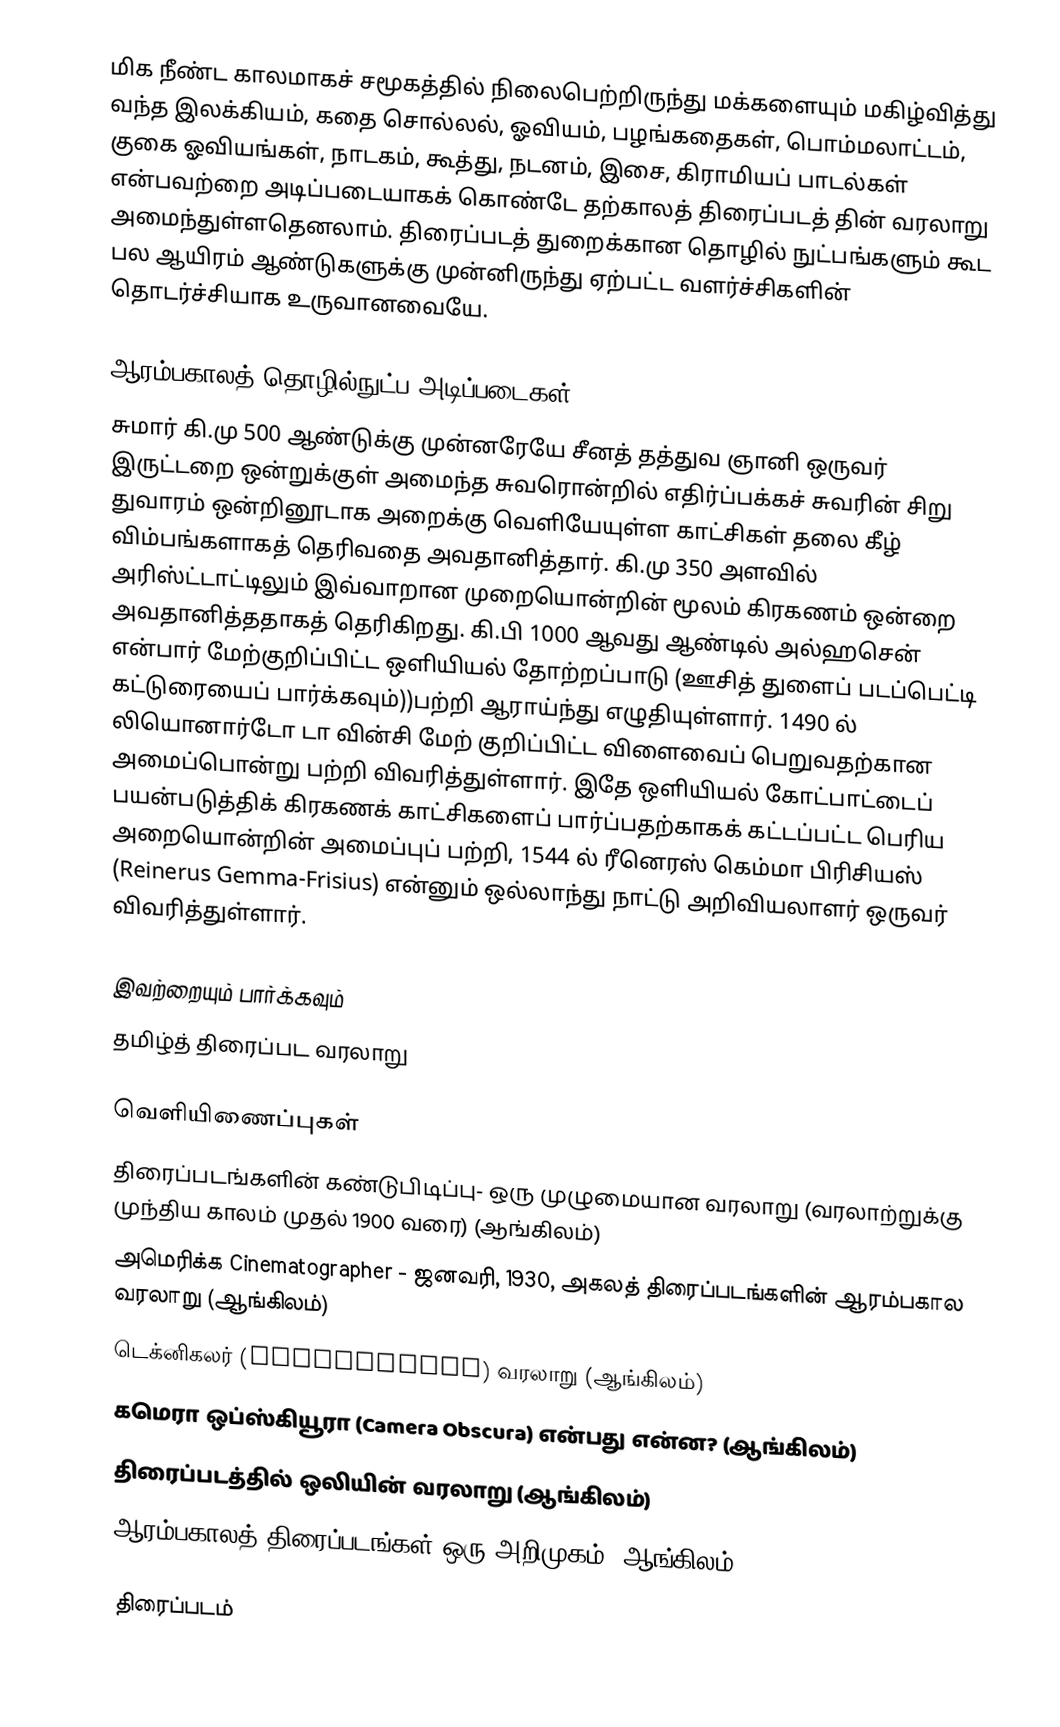
மிக நீண்ட காலமாகச் சமூகத்தில் நிலைபெற்றிருந்து மக்களையும் மகிழ்வித்து வந்த இலக்கியம், கதை சொல்லல், ஓவியம், பழங்கதைகள், பொம்மலாட்டம், குகை ஓவியங்கள், நாடகம், கூத்து, நடனம், இசை, கிராமியப் பாடல்கள் என்பவற்றை அடிப்படையாகக் கொண்டே தற்காலத் திரைப்படத் தின் வரலாறு அமைந்துள்ளதெனலாம். திரைப்படத் துறைக்கான தொழில் நுட்பங்களும் கூட பல ஆயிரம் ஆண்டுகளுக்கு முன்னிருந்து ஏற்பட்ட வளர்ச்சிகளின் தொடர்ச்சியாக உருவானவையே.

ஆரம்பகாலத் தொழில்நுட்ப அடிப்படைகள்
சுமார் கி.மு 500 ஆண்டுக்கு முன்னரேயே சீனத் தத்துவ ஞானி ஒருவர் இருட்டறை ஒன்றுக்குள் அமைந்த சுவரொன்றில் எதிர்ப்பக்கச் சுவரின் சிறு துவாரம் ஒன்றினூடாக அறைக்கு வெளியேயுள்ள காட்சிகள் தலை கீழ் விம்பங்களாகத் தெரிவதை அவதானித்தார். கி.மு 350 அளவில் அரிஸ்ட்டாட்டிலும் இவ்வாறான முறையொன்றின் மூலம் கிரகணம் ஒன்றை அவதானித்ததாகத் தெரிகிறது. கி.பி 1000 ஆவது ஆண்டில் அல்ஹசென் என்பார் மேற்குறிப்பிட்ட ஒளியியல் தோற்றப்பாடு (ஊசித் துளைப் படப்பெட்டி கட்டுரையைப் பார்க்கவும்))பற்றி ஆராய்ந்து எழுதியுள்ளார். 1490 ல் லியொனார்டோ டா வின்சி மேற் குறிப்பிட்ட விளைவைப் பெறுவதற்கான அமைப்பொன்று பற்றி விவரித்துள்ளார். இதே ஒளியியல் கோட்பாட்டைப் பயன்படுத்திக் கிரகணக் காட்சிகளைப் பார்ப்பதற்காகக் கட்டப்பட்ட பெரிய அறையொன்றின் அமைப்புப் பற்றி, 1544 ல் ரீனெரஸ் கெம்மா பிரிசியஸ் (Reinerus Gemma-Frisius) என்னும் ஒல்லாந்து நாட்டு அறிவியலாளர் ஒருவர் விவரித்துள்ளார்.

இவற்றையும் பார்க்கவும்
 தமிழ்த் திரைப்பட வரலாறு

வெளியிணைப்புகள்
திரைப்படங்களின் கண்டுபிடிப்பு- ஒரு முழுமையான வரலாறு (வரலாற்றுக்கு முந்திய காலம் முதல் 1900 வரை) (ஆங்கிலம்)
அமெரிக்க Cinematographer - ஜனவரி, 1930, அகலத் திரைப்படங்களின் ஆரம்பகால வரலாறு (ஆங்கிலம்)
டெக்னிகலர் (Technicolor) வரலாறு (ஆங்கிலம்)
கமெரா ஒப்ஸ்கியூரா (Camera Obscura) என்பது என்ன? (ஆங்கிலம்)
திரைப்படத்தில் ஒலியின் வரலாறு (ஆங்கிலம்)
ஆரம்பகாலத் திரைப்படங்கள் ஒரு அறிமுகம் (ஆங்கிலம்)

திரைப்படம்